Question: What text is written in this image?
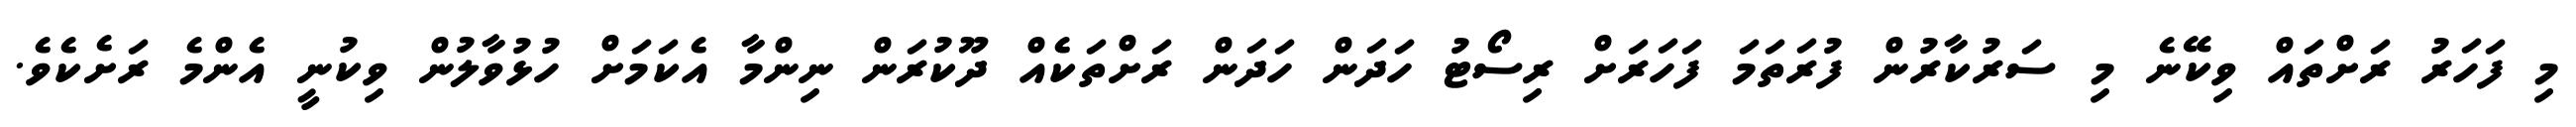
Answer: މި ފަހަރު ރަށްތައް ވިކޭނެ މި ސަރުކާރުން ފުރަތަމަ ފަހަރަށް ރިސޯޓު ހަދަން ހަދަން ރަށްތަކެއް ދޫކުރަން ނިންމާ އެކަމަށް ހުޅުވާލުން ވިކުނީ އެންމެ ރަށެކެވެ.